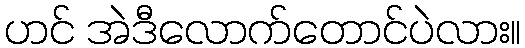
ဟင် အဲဒီလောက်တောင်ပဲလား။